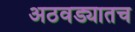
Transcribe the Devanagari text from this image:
अठवड्यातच